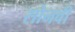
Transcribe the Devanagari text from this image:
सोनवी